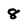
Character: 8